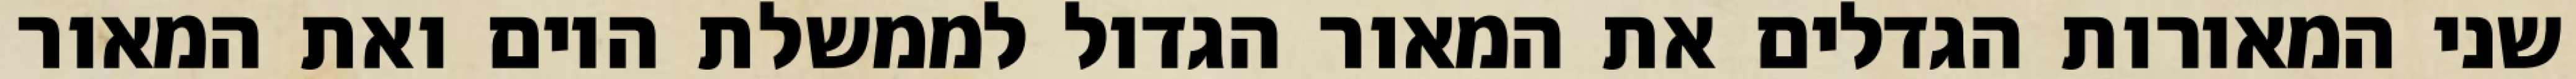
שני המאורות הגדלים את המאור הגדול לממשלת היום ואת המאור